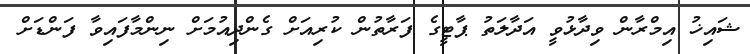
ޝައިޚު އިމްރާން ވިދާޅުވީ އަދާލަތު ޕާޓީގެ ފަރާތުން ކުރިއަށް ގެންދިއުމަށް ނިންމާފައިވާ ފަންޑަށް